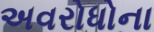
અવરોધોના